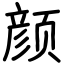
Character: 颜